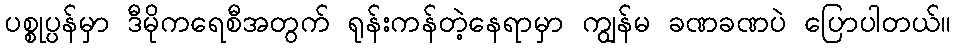
ပစ္စုပ္ပန်မှာ ဒီမိုကရေစီအတွက် ရုန်းကန်တဲ့နေရာမှာ ကျွန်မ ခဏခဏပဲ ပြောပါတယ်။